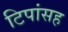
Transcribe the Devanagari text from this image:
टिपांसह